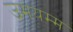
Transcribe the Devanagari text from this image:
उमयम्म